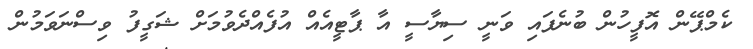
ކެމްޕޭން އޮފީހުން ބުނެފައި ވަނީ ސިޔާސީ އާ ޕާޓީއެއް އުފެއްދެވުމަށް ޝަގީފު ވިސްނަވަމުން